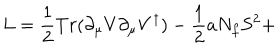
LaTeX: L = \frac { 1 } { 2 } T r ( \partial _ { \mu } V \partial _ { \mu } V ^ { \dagger } ) - \frac { 1 } { 2 } a N _ { f } S ^ { 2 } +